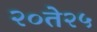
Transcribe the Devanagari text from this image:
२०ते२५